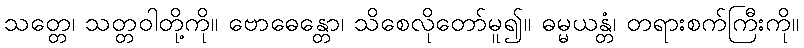
သတ္တေ၊ သတ္တဝါတို့ကို။ ဗောဓေန္တော၊ သိစေလိုတော်မူ၍။ ဓမ္မယန္တံ၊ တရားစက်ကြီးကို။